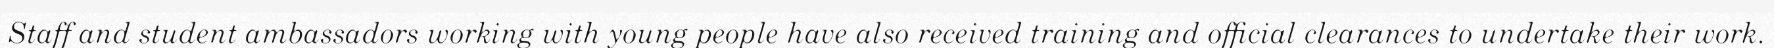
Staff and student ambassadors working with young people have also received training and official clearances to undertake their work.